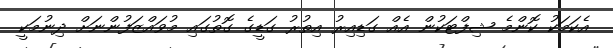
އެކަމަކު ކޮންމެ ޝިފްޓަކުން އެއް ގަޑިއިރު އިތުރު ގަޑީގެ ގޮތުގައި މުވައްޒަފުންނަށް ދިނުމަކީ